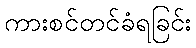
ကားစင်တင်ခံရခြင်း